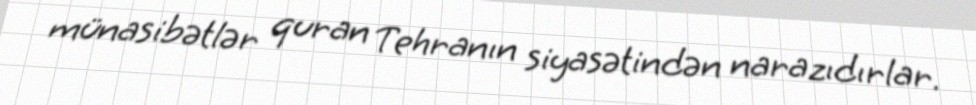
münasibətlər quran Tehranın siyasətindən narazıdırlar.